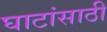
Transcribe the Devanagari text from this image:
घाटांसाठी